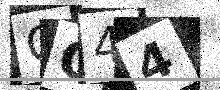
Text: OO44